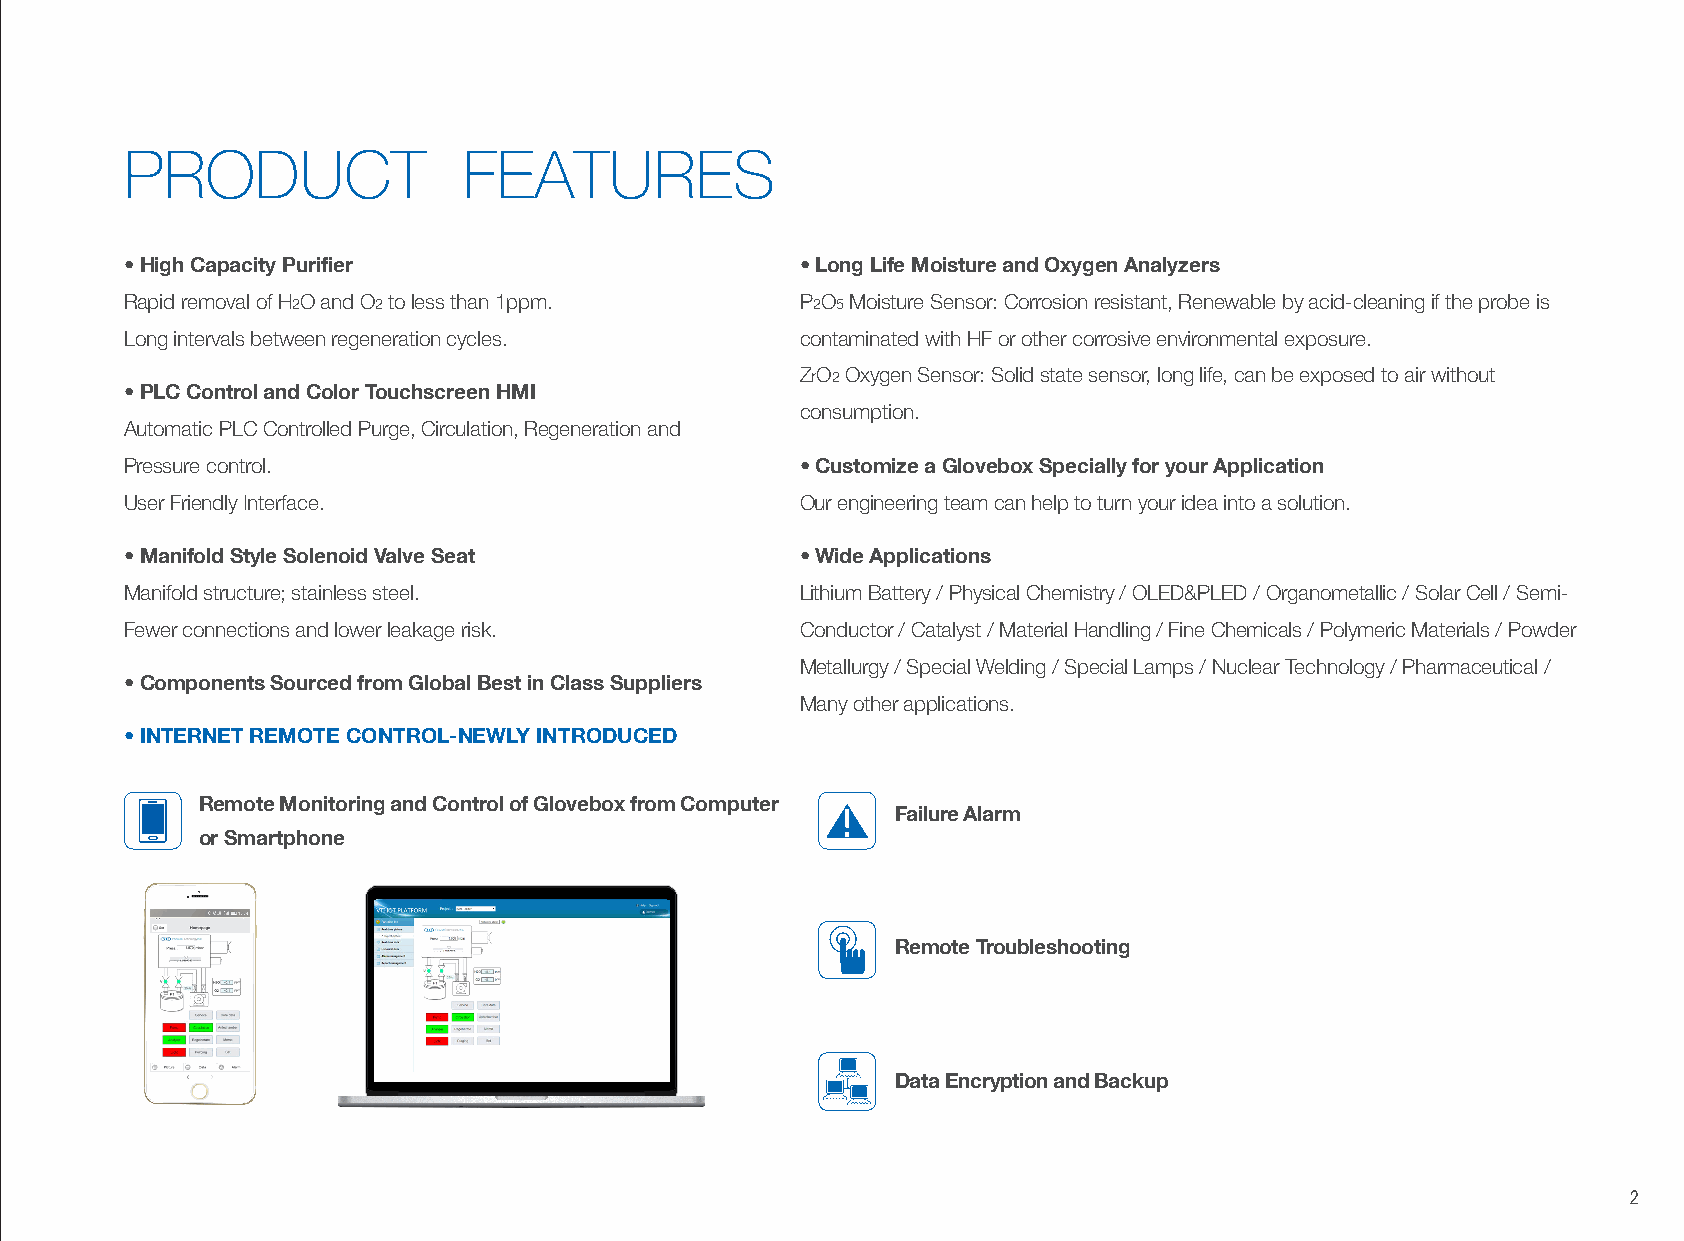
PRODUCT                FEATURES
 • High Capacity Purifier                     • Long Life Moisture and Oxygen Analyzers
 Rapid removal of H2O and O2 to less than 1ppm. P2O5 Moisture Sensor: Corrosion resistant, Renewable by acid-cleaning if the probe is
 Long intervals between regeneration cycles.  contaminated with HF or other corrosive environmental exposure.
 ZrO2 Oxygen Sensor: Solid state sensor, long life, can be exposed to air without
 • PLC Control and Color Touchscreen HMI
 consumption.
 Automatic PLC Controlled Purge, Circulation, Regeneration and
 Pressure control.                            • Customize a Glovebox Specially for your Application
 User Friendly Interface.                     Our engineering team can help to turn your idea into a solution.
 • Manifold Style Solenoid Valve Seat         • Wide Applications
 Manifold structure; stainless steel.         Lithium Battery / Physical Chemistry / OLED&PLED / Organometallic / Solar Cell / Semi-
 Fewer connections and lower leakage risk.    Conductor / Catalyst / Material Handling / Fine Chemicals / Polymeric Materials / Powder
 Metallurgy / Special Welding / Special Lamps / Nuclear Technology / Pharmaceutical /
 • Components Sourced from Global Best in Class Suppliers
 Many other applications.
 • INTERNET REMOTE CONTROL-NEWLY INTRODUCED
 Remote Monitoring and Control of Glovebox from Computer
 Failure Alarm
 or Smartphone
 Remote Troubleshooting
 Data Encryption and Backup
 2